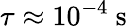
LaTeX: \tau\approx 10^{-4}\mathrm{~s~}